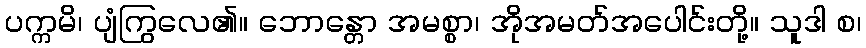
ပက္ကမိ၊ ပျံကြွလေ၏။ ဘောန္တော အမစ္စာ၊ အိုအမတ်အပေါင်းတို့။ သူဒါ စ၊